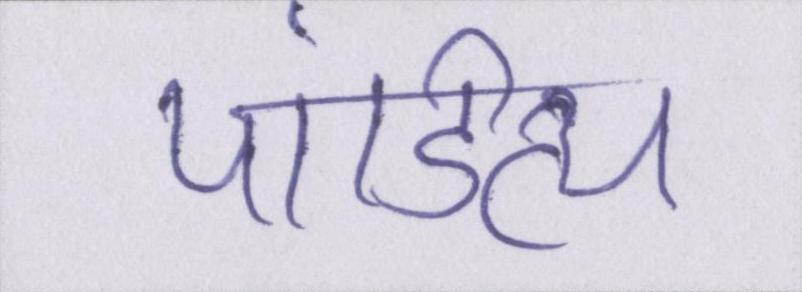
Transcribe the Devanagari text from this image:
पांडित्य